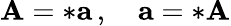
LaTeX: \mathbf{A}=*\mathbf{a}\, ,\quad\mathbf{a}=*\mathbf{A}